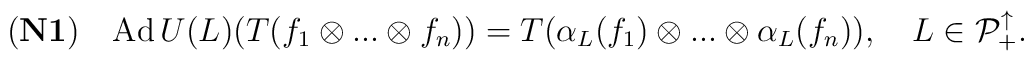
{\bf (N1)}\quad {\rm Ad}\,U(L)(T(f_1\otimes...\otimes f_n))=T(\alpha_L(f_1)\otimes...\otimes \alpha_L(f_n)),\quad L\in {\cal P}_+^\uparrow.\nonumber